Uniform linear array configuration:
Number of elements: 16
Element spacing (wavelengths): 1
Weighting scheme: hamming
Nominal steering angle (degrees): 0
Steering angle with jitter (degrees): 1.455
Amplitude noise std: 0.05
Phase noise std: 0.05

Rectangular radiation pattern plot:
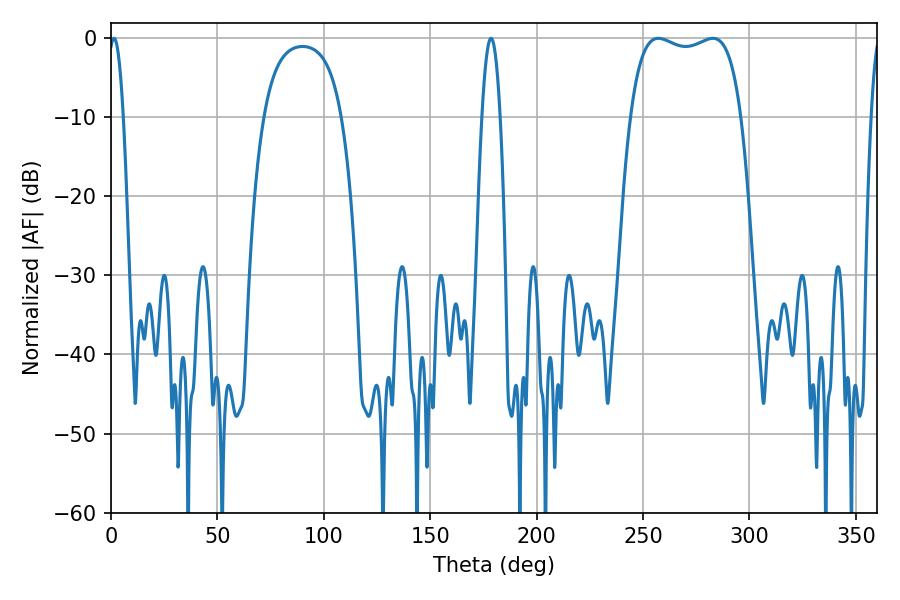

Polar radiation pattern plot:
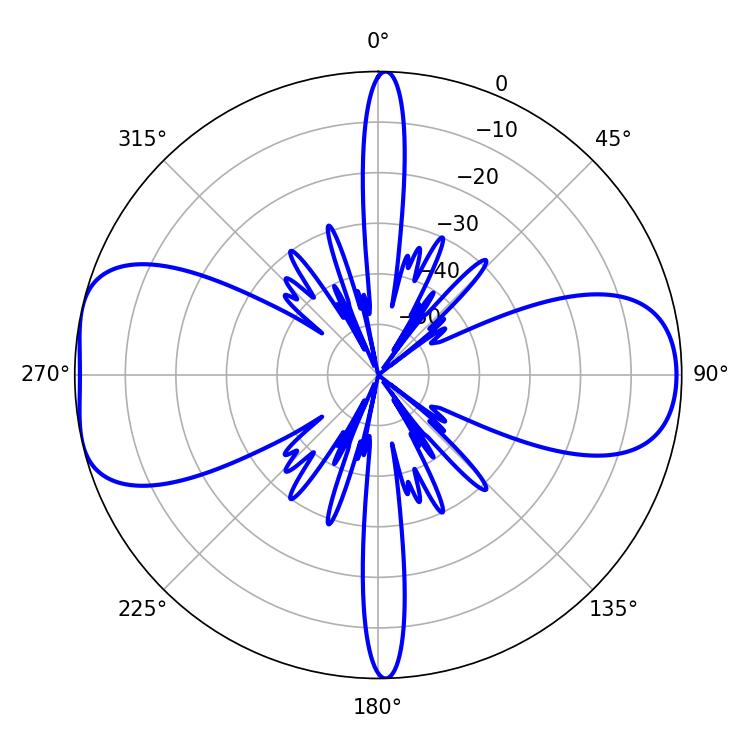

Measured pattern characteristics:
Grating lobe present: TRUE
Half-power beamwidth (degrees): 42.12
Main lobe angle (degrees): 257.22